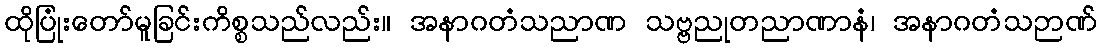
ထိုပြုံးတော်မူခြင်းကိစ္စသည်လည်း။ အနာဂတံသညာဏ သဗ္ဗညုတညာဏာနံ၊ အနာဂတံသဉာဏ်